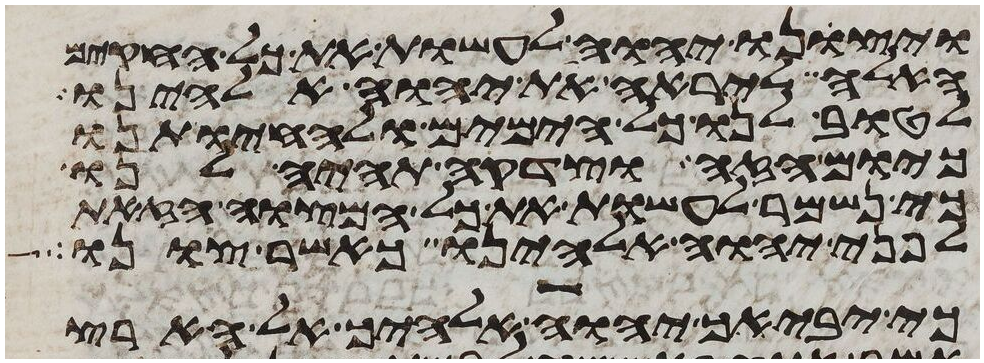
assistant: ויצונו יהוה לעשות את כל החקים
האלה ליראה את יהוה אלהינו
לטוב לנו כל הימים ולהחיותנו
כיום הזה וצדקה תהיה לנו
כי נשמר לעשות את כל המצוה הזאת
לפני יהוה אלהינו כאשר צונו
כי יביאך יהוה אלהיך אל הארץ